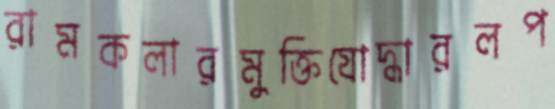
রামকলারমুক্তিযোদ্ধারলপ